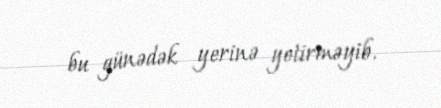
bu günədək yerinə yetirməyib.